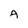
Character: A